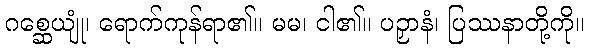
ဂစ္ဆေယျုံ၊ ရောက်ကုန်ရာ၏။ မမ၊ ငါ၏။ ပဉှာနံ၊ ပြဿနာတို့ကို။